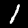
Label: 1